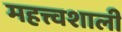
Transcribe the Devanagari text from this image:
महत्त्वशाली